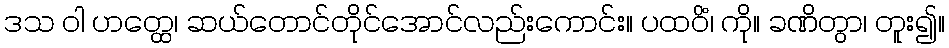
ဒသ ဝါ ဟတ္ထေ၊ ဆယ်တောင်တိုင်အောင်လည်းကောင်း။ ပထဝိံ၊ ကို။ ခဏိတွာ၊ တူး၍။